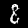
Digit: 8